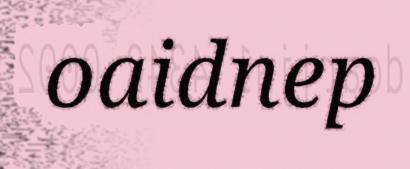
oaidnep